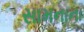
સામનાના